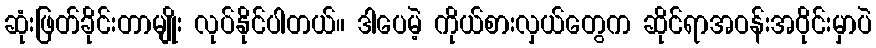
ဆုံးဖြတ်ခိုင်းတာမျိုး လုပ်နိုင်ပါတယ်။ ဒါပေမဲ့ ကိုယ်စားလှယ်တွေက ဆိုင်ရာအဝန်းအဝိုင်းမှာပဲ